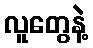
လူတွေနဲ့